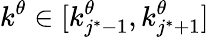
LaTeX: k^{\theta}\in[k_{j^{*}-1}^{\theta},k_{j^{*}+1}^{\theta}]